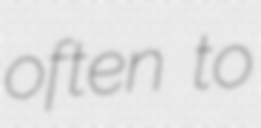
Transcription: often to